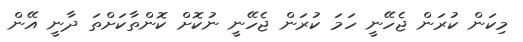
މިކަން ކުރަން ޖެހޭނީ ހަމަ ކުރަން ޖެހޭނީ ނުކޮށް ކޮންތާކަށްތަ ދާނީ އޭން